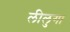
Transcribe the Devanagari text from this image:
लीलुगा